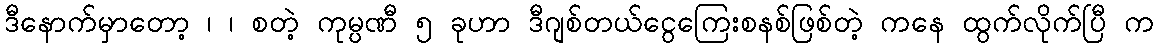
ဒီနောက်မှာတော့ ၊ ၊ စတဲ့ ကုမ္ပဏီ ၅ ခုဟာ ဒီဂျစ်တယ်ငွေကြေးစနစ်ဖြစ်တဲ့ ကနေ ထွက်လိုက်ပြီ က